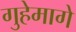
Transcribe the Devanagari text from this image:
गुहेमागे